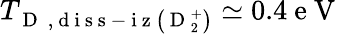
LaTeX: T_{\mathrm{~D~}\mathrm{~,~d~i~s~s~-~i~z~}\left(\mathrm{~D~}_{2}^{+}\right)}\simeq 0.4\mathrm{~e~V~}